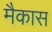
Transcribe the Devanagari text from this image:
मैकास